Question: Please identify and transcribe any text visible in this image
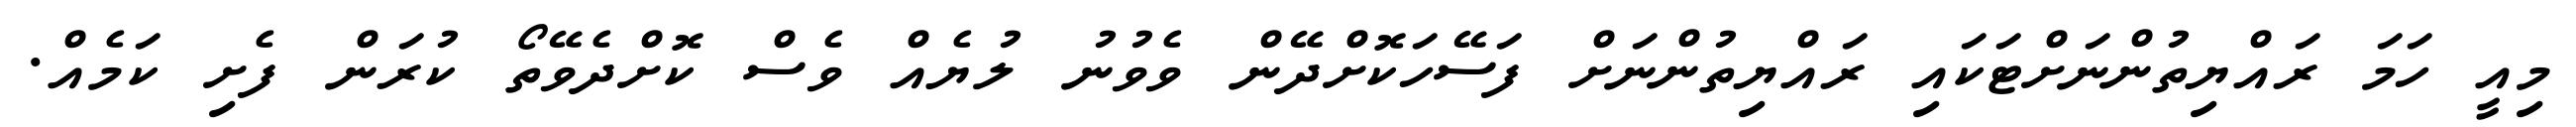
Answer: މިއީ ހަމަ ރައްޔިތުންނަށްޓަކައި ރައްޔިތުންނަށް ފަސޭހަކޮށްދޭން ވެވުނު ލުޔެއް ވެސް ކޮށްދެވޭތޯ ކުރަން ފެށި ކަމެއް.